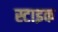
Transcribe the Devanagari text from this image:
स्टाइक